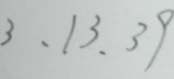
3 , 1 3 , 3 9